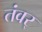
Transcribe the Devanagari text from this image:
तंवर्